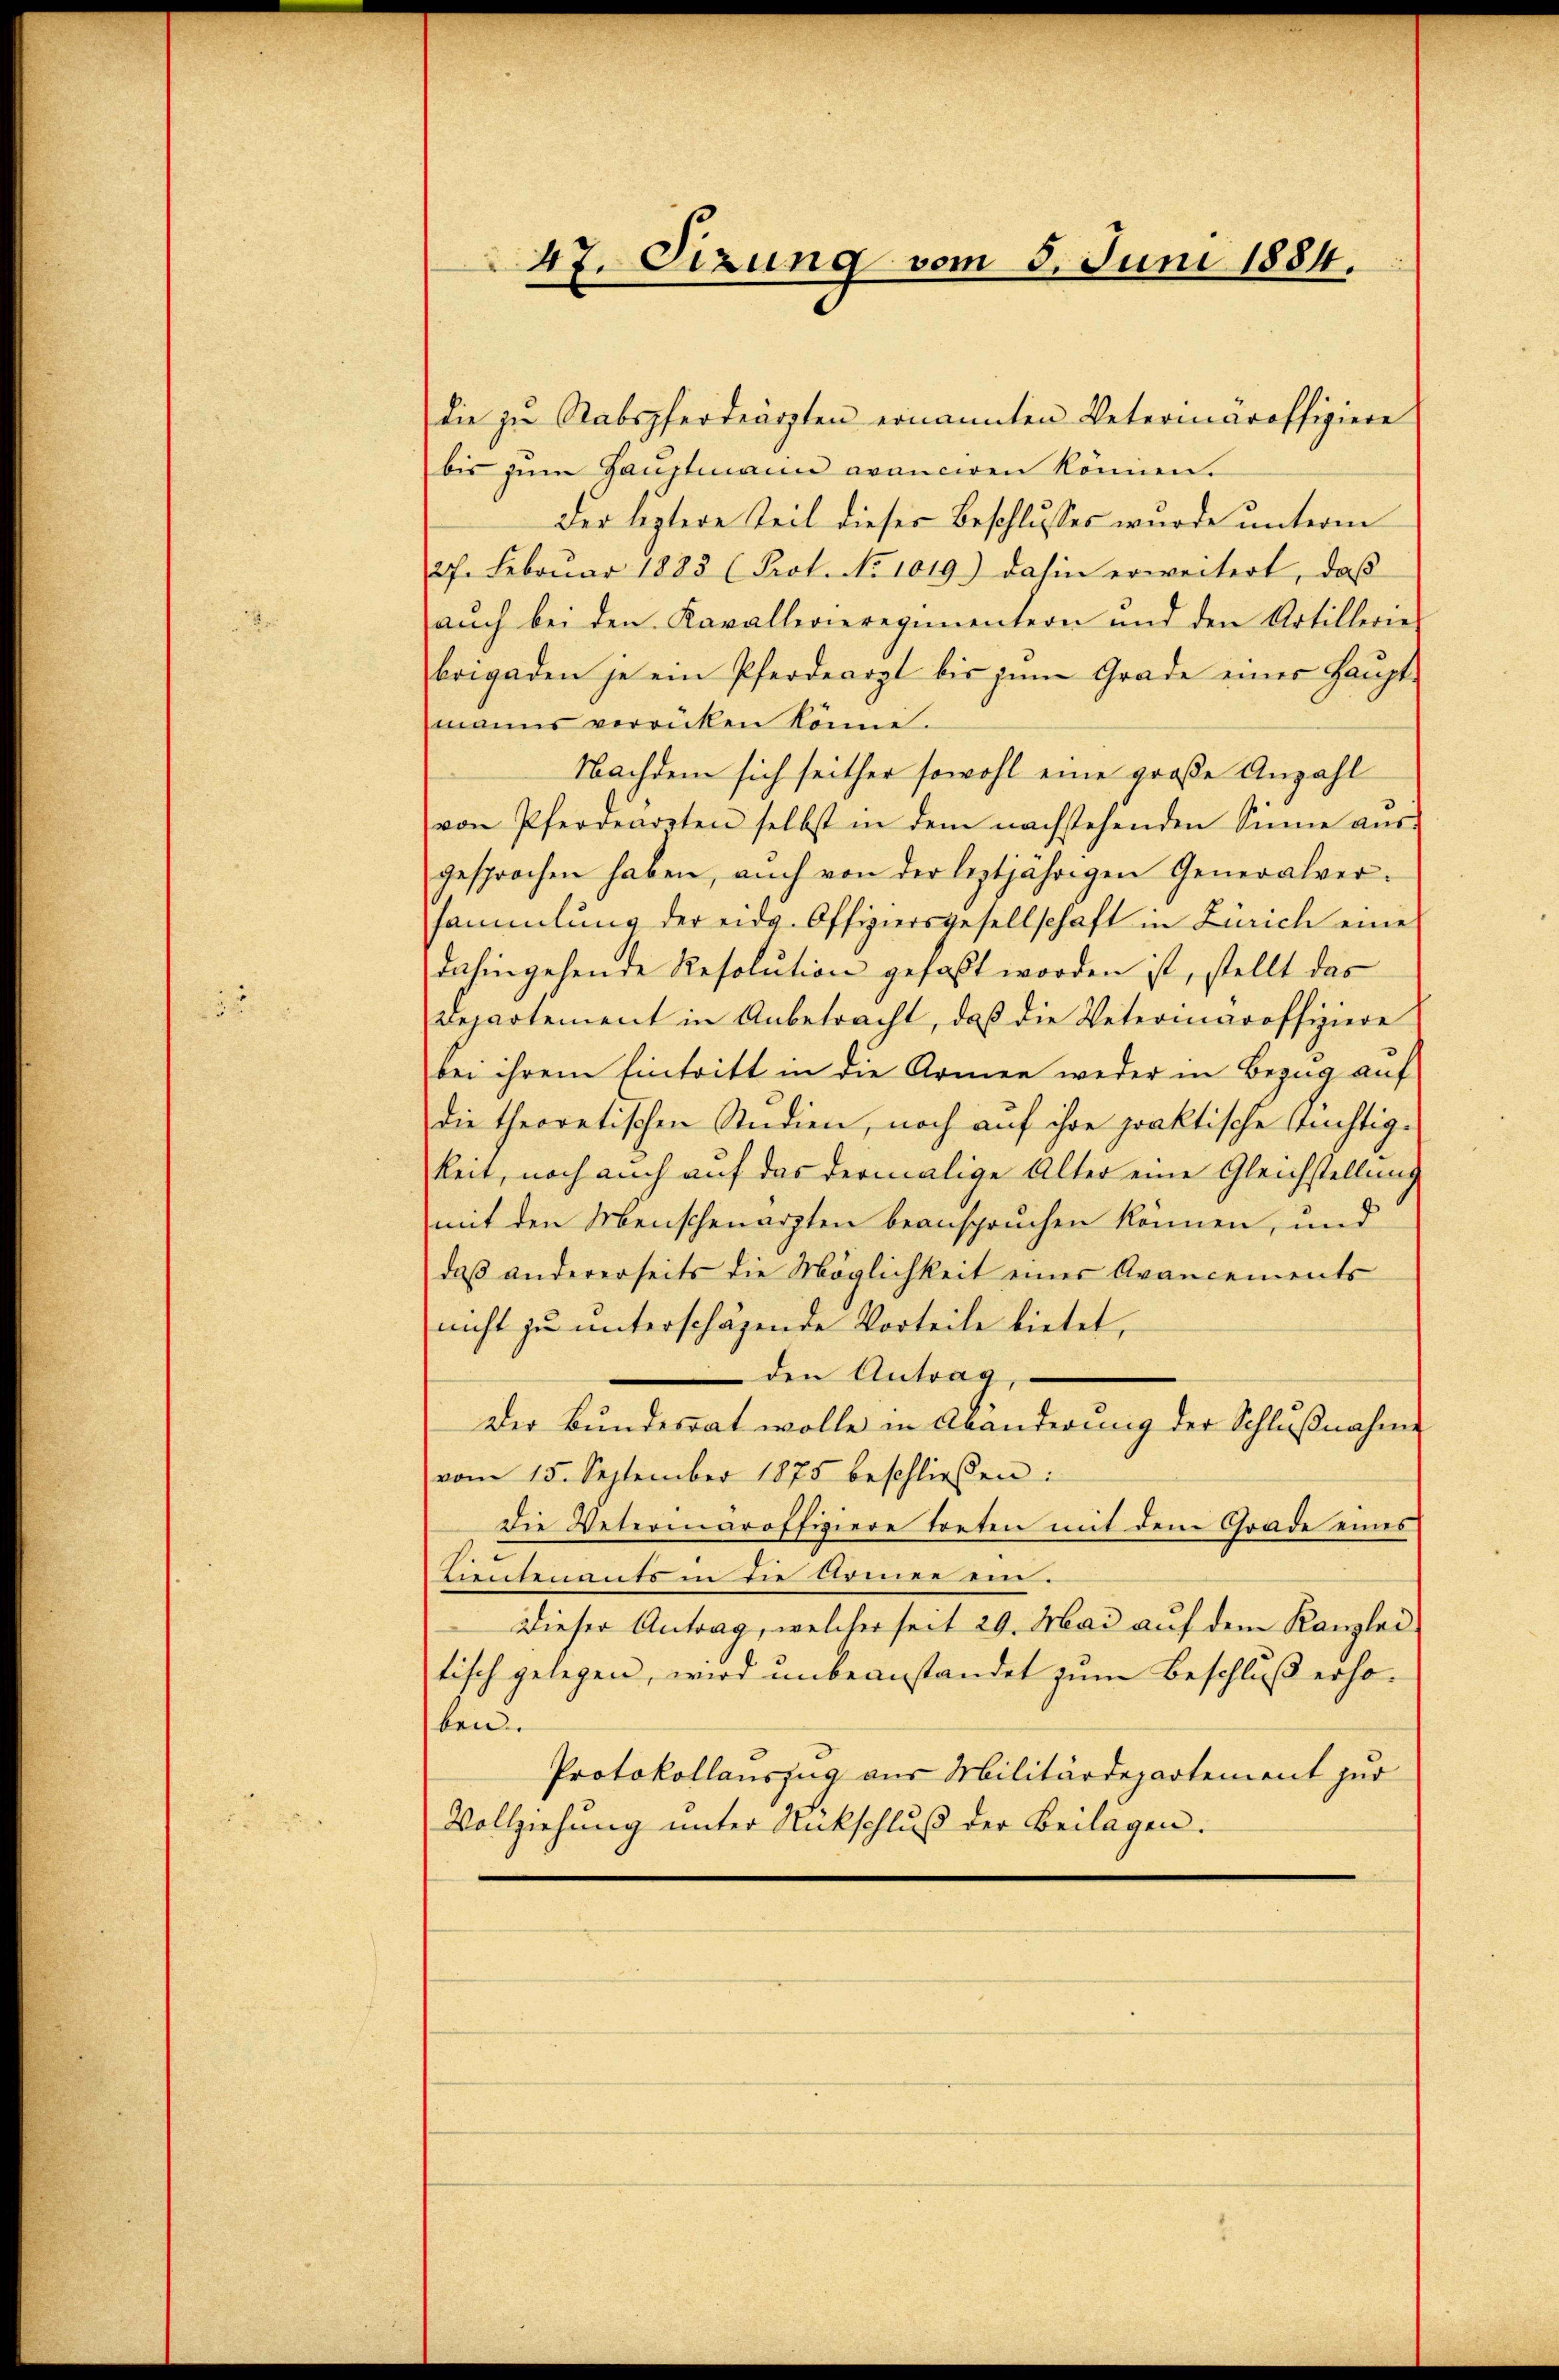
47. Sizung vom 5. Juni 1884.

die zu Stabspferdeärzten ernannten Vetermaroffiziere
bis zum Hauptmann avanciren können.
Der leztere Teil dieser Beschlusses wurde unterm
27. Februar 1883 (Prot. No 1019) dahin erweitert, daß
aŭch bei den Kavallerieregimentern und den Artillerie
brigaden je ein Pferdearzt bis zum Grade einer Haupt-
manns verrücken könne.
Nachdem sich seither sowohl eine große Anzahl
von Pferdearzten selbst in dem nachstehenden Sinne aŭs-
gesprochen haben, auch von der leztjährigen Generalver-
sammlung der eidg. Offiziersgesellschaft in Zürich eine
dahingehende Resolution gefaßt worden ist, stellt das
Departement in Anbetracht, daß die Veterinaroffiziere
bei ihrem Eintritt in die Armen weder in Bezug auf
die theoretischen Studien, noch auf ihre praktische Stüchtigkeit, noch auch auf das dermalige Alter eine Gleichstellung
mit den Menschenarzten beanspruchen können, und
daß andererseits die Möglichkeit eines Avancements
nicht zu unterschäfende Vorteile bietet,
den Antrag,
Der Bundesrat wolle in Abänderŭng der Schlŭβnahme
vom 15. September 1875 beschließen:
Die Vetermaroffiziere treten mit dem Grade eines
Lieutenants in die Armee ein.
Dieser Antrag, welcher seit 29. Mai auf dem Kanzlei
tisch gelegen, wird unbeanstandet zum Beschluß erhoben.
Protokollauszug aus Militärdepartement zur
Vollziehung unter Rückschluß der Beilagen.